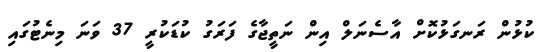
ކުޅުން ރަނގަޅުކޮށް އާސެނަލް އިން ނަތީޖާގެ ފަރަގު ކުޑަކުރީ 37 ވަނަ މިނެޓުގައި